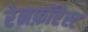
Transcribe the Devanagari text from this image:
रेनफ़ॉरेस्ट